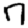
Digit: 7